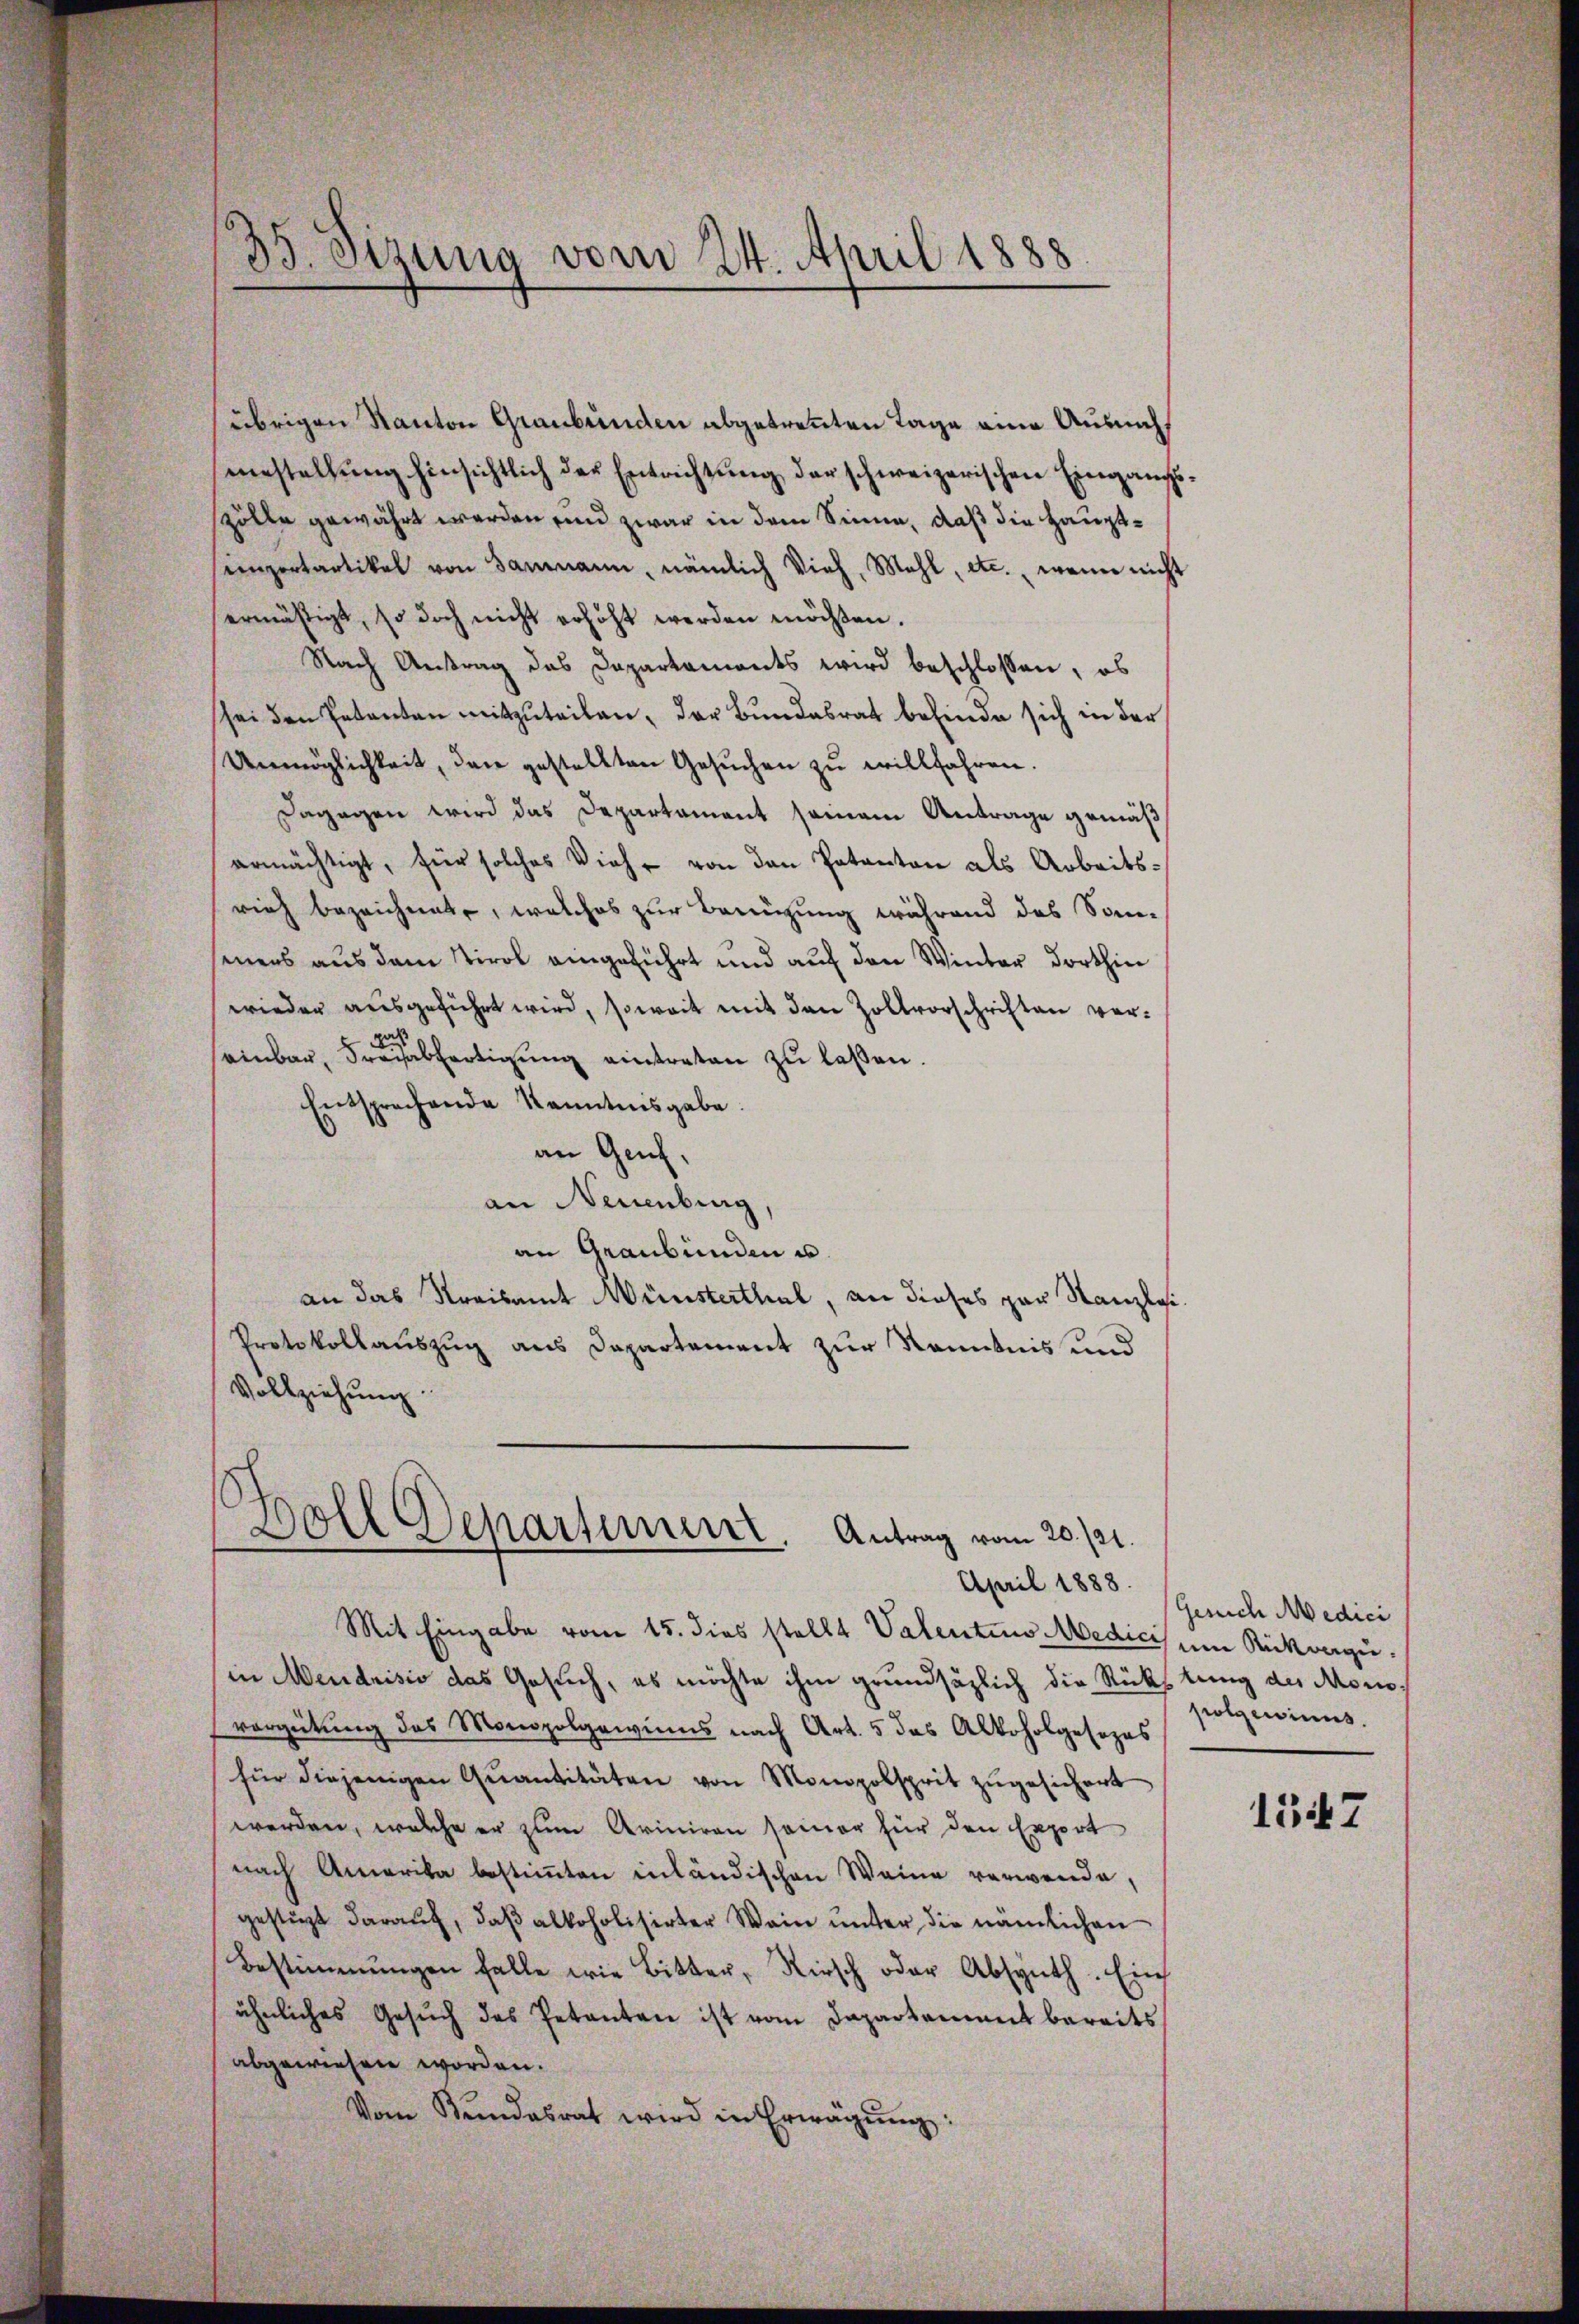
übrigen Kanton Graubünden abgetrennten Tage eine Ausmachustellung hinsichtlich der Entrichtung der schweizerischen Eingangs
zölle gewährt werden und zwar in dem Sinne, daß die Hauptsimpertartikel von Sammann, nämlich Vieh, Mahl, etc., wenn nicht
ermäßigt, so doch nicht erhöht werden möchten.
Nach Antrag das Dapartaments wird beschlossen, ob
sei den Petenten mitzuteilen, der Bundesrat befinde sich in der
Unmöglichkeit, den gestellten Gesŭchen zu willfahren.
Dagegen wird das Departament seinem Antrage gemäß
ermächtigt, für solches Vieh von den Potanton als Arbeitsrieh bezeichnet, welches zur Benützung während des San-
mers aus dem Tirol eingeführt und auf den Winter dorthin
wieder ausgeführt wird, soweit mit den Zollvorschriften vers
einbar, Speisabfertigŭng eintreten zu laßen.
Entsprechende Kenntnisgabe.
an Genf,
an Neuenburg
an Graubünden u.
an das Kreisamt Wünsterthal, an dieses par Kanzlei¬
Protokollauszug aus Departement zur Kenntnis und
Vollziehung

35. Sizung vom 24. April 1888

Doll Departement. Antrag vom 20./21.
April 1888.

Mit Eingabe vom 15. dies stellt Valentius Medicis um Rückzuin Mendrisio das Gesuch, es möchte ihm grundsätzlich die Rückstung des Monsvergütung des Monopolgewinns nach Art. 5 das Alkoholgesezes
für diejenigen Qŭantitäten von Monopolsprit zŭgesichert
werden, welche er zum Ariniren seiner für den Export
nach Amerika bestiṁten inländischen Weine verwende,
gestüzt daraŭf, daβ alkoholisirter Wein ŭnter die nämlichen
Bestimmungen falle wie Bitter, Kirsch oder Absynth. Eins
ähnliches Gesŭch des Petenten ist vom Departement bereits
abgewiesen worden.
Vom Kŭndesrat wird in Erwägŭng:

Gesich Medici
polgewinns.

1547